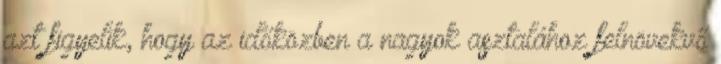
azt figyelik, hogy az időközben a nagyok asztalához felnövekvő